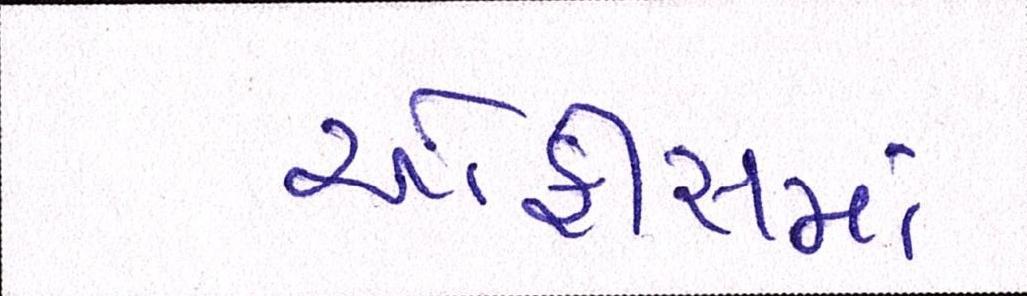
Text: ઓફીસમાં